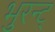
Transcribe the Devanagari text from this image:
भुरन्ट्